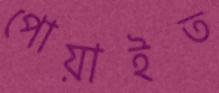
পোয়াইত